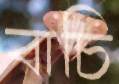
বাচি